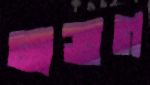
লাব্রগ